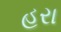
હરા